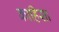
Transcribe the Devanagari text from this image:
काहिसा